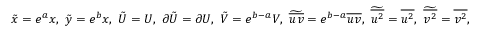
\tilde { x } = e ^ { a } x , \ \tilde { y } = e ^ { b } x , \ \tilde { U } = U , \ \partial \tilde { U } = \partial U , \ \tilde { V } = e ^ { b - a } V , \ \widetilde { \overline { { u v } } } = e ^ { b - a } \overline { { u v } } , \ \widetilde { \overline { { u ^ { 2 } } } } = \overline { { u ^ { 2 } } } , \ \widetilde { \overline { { v ^ { 2 } } } } = \overline { { v ^ { 2 } } } ,